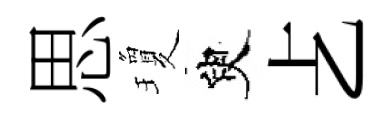
思瓊臾𠧒